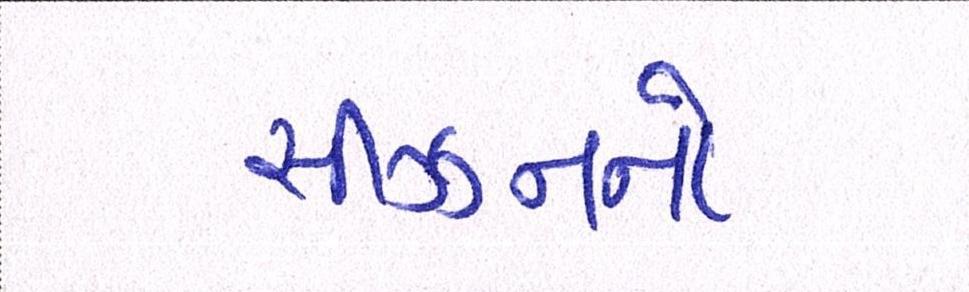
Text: સીઝનનો